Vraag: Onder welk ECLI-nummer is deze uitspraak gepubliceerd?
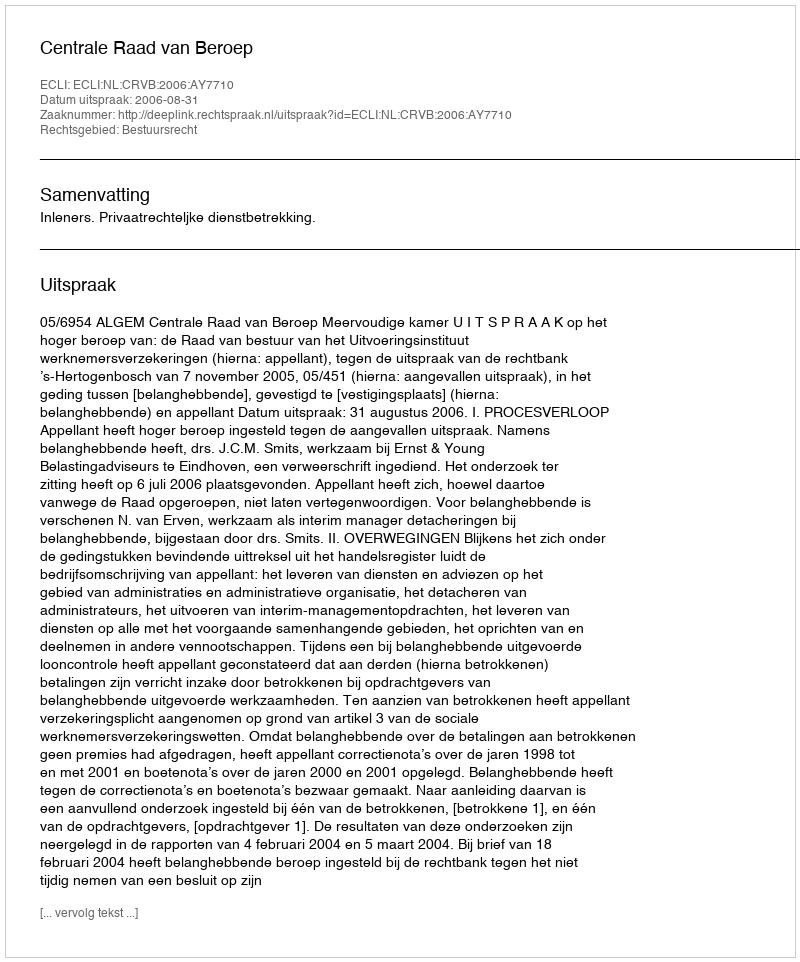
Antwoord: ECLI:NL:CRVB:2006:AY7710